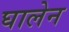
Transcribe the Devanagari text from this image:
घालेन